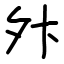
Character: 𫝢